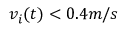
v _ { i } ( t ) < 0 . 4 m / s